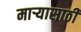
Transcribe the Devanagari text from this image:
माऱ्यासाठी